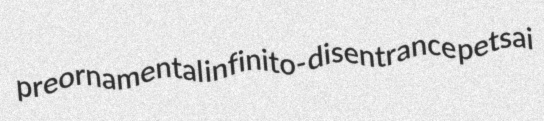
preornamental infinito- disentrance petsai